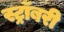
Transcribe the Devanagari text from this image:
स्ट्रॉबरी